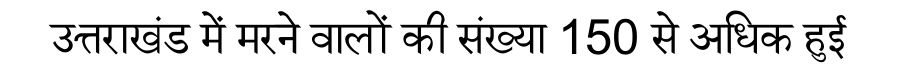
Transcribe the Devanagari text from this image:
उत्तराखंड में मरने वालों की संख्या 150 से अधिक हुई